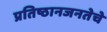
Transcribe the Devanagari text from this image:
प्रतिष्ठानजनतेचे